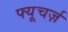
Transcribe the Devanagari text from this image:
फ्यूचर्ज़